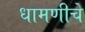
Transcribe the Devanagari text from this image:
धामणीचे